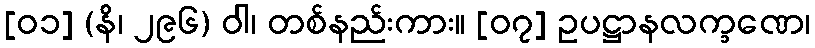
[၀၁] (နိ၊ ၂၉၆) ဝါ၊ တစ်နည်းကား။ [၀၇] ဥပဋ္ဌာနလက္ခဏေ၊